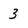
Character: 3